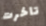
تاخرت